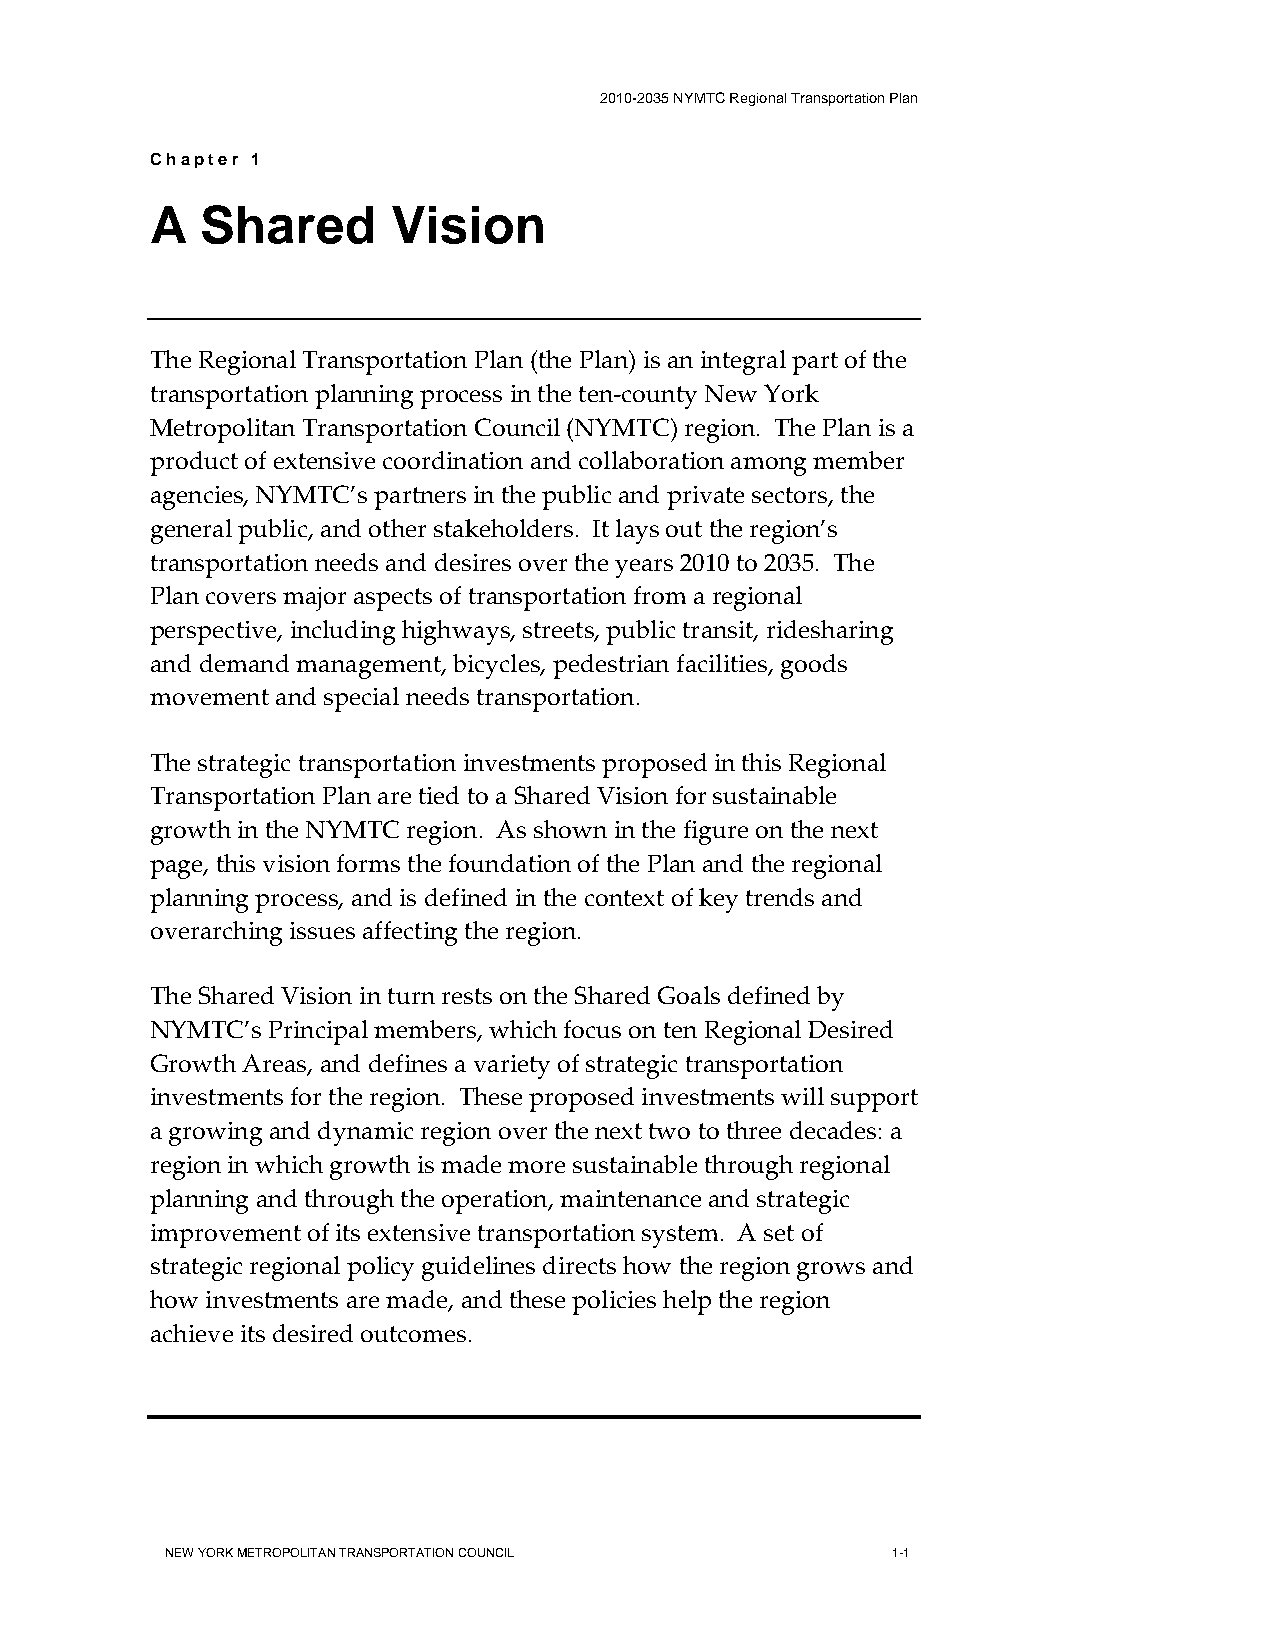
2010-2035 NYMTC Regional Transportation Plan
 Chapter 1
 A  Shared       Vision
 The Regional Transportation Plan (the Plan) is an integral part of the
 transportation planning process in the ten-county New York
 Metropolitan Transportation Council (NYMTC) region. The Plan is a
 product of extensive coordination and collaboration among member
 agencies, NYMTC’s partners in the public and private sectors, the
 general public, and other stakeholders. It lays out the region’s
 transportation needs and desires over the years 2010 to 2035. The
 Plan covers major aspects of transportation from a regional
 perspective, including highways, streets, public transit, ridesharing
 and demand management, bicycles, pedestrian facilities, goods
 movement and special needs transportation.
 The strategic transportation investments proposed in this Regional
 Transportation Plan are tied to a Shared Vision for sustainable
 growth in the NYMTC region. As shown in the figure on the next
 page, this vision forms the foundation of the Plan and the regional
 planning process, and is defined in the context of key trends and
 overarching issues affecting the region.
 The Shared Vision in turn rests on the Shared Goals defined by
 NYMTC’s Principal members, which focus on ten Regional Desired
 Growth Areas, and defines a variety of strategic transportation
 investments for the region. These proposed investments will support
 a growing and dynamic region over the next two to three decades: a
 region in which growth is made more sustainable through regional
 planning and through the operation, maintenance and strategic
 improvement of its extensive transportation system. A set of
 strategic regional policy guidelines directs how the region grows and
 how investments are made, and these policies help the region
 achieve its desired outcomes.
 NEW YORK METROPOLITAN TRANSPORTATION COUNCIL    1-1